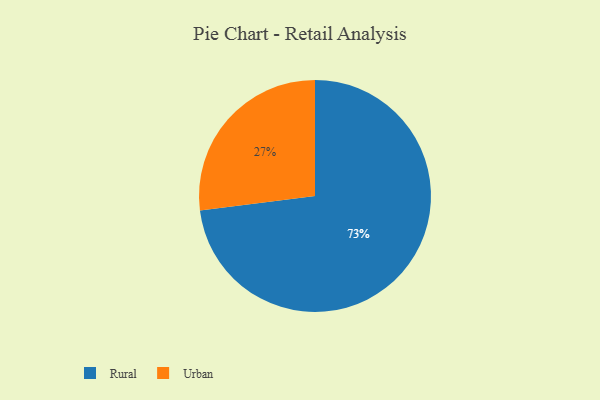
{"axis": {"x": "Category", "y": "Percentage"}, "legend": ["Rural", "Urban"], "data": [{"x": "Urban", "y": 27, "type": "Urban"}, {"x": "Rural", "y": 73, "type": "Rural"}]}